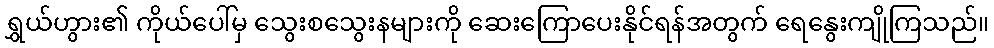
ရွှယ်ဟွား၏ ကိုယ်ပေါ်မှ သွေးစသွေးနများကို ဆေးကြောပေးနိုင်ရန်အတွက် ရေနွေးကျိုကြသည်။